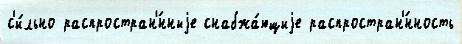
с'и́льно распростран'́нныjе снабжа́ющиjе распростран'́нность